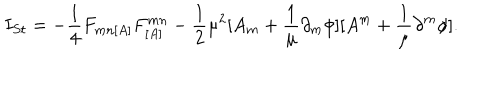
I _ { S t } = - \frac { 1 } { 4 } F _ { m n [ A ] } F _ { [ A ] } ^ { m n } - \frac { 1 } { 2 } \mu ^ { 2 } [ A _ { m } + \frac { 1 } { \mu } \partial _ { m } \phi ] [ A ^ { m } + \frac { 1 } { \mu } \partial ^ { m } \phi ] .